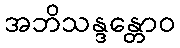
အဘိသန္ဒန္တောဝ